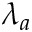
\lambda _ { a }